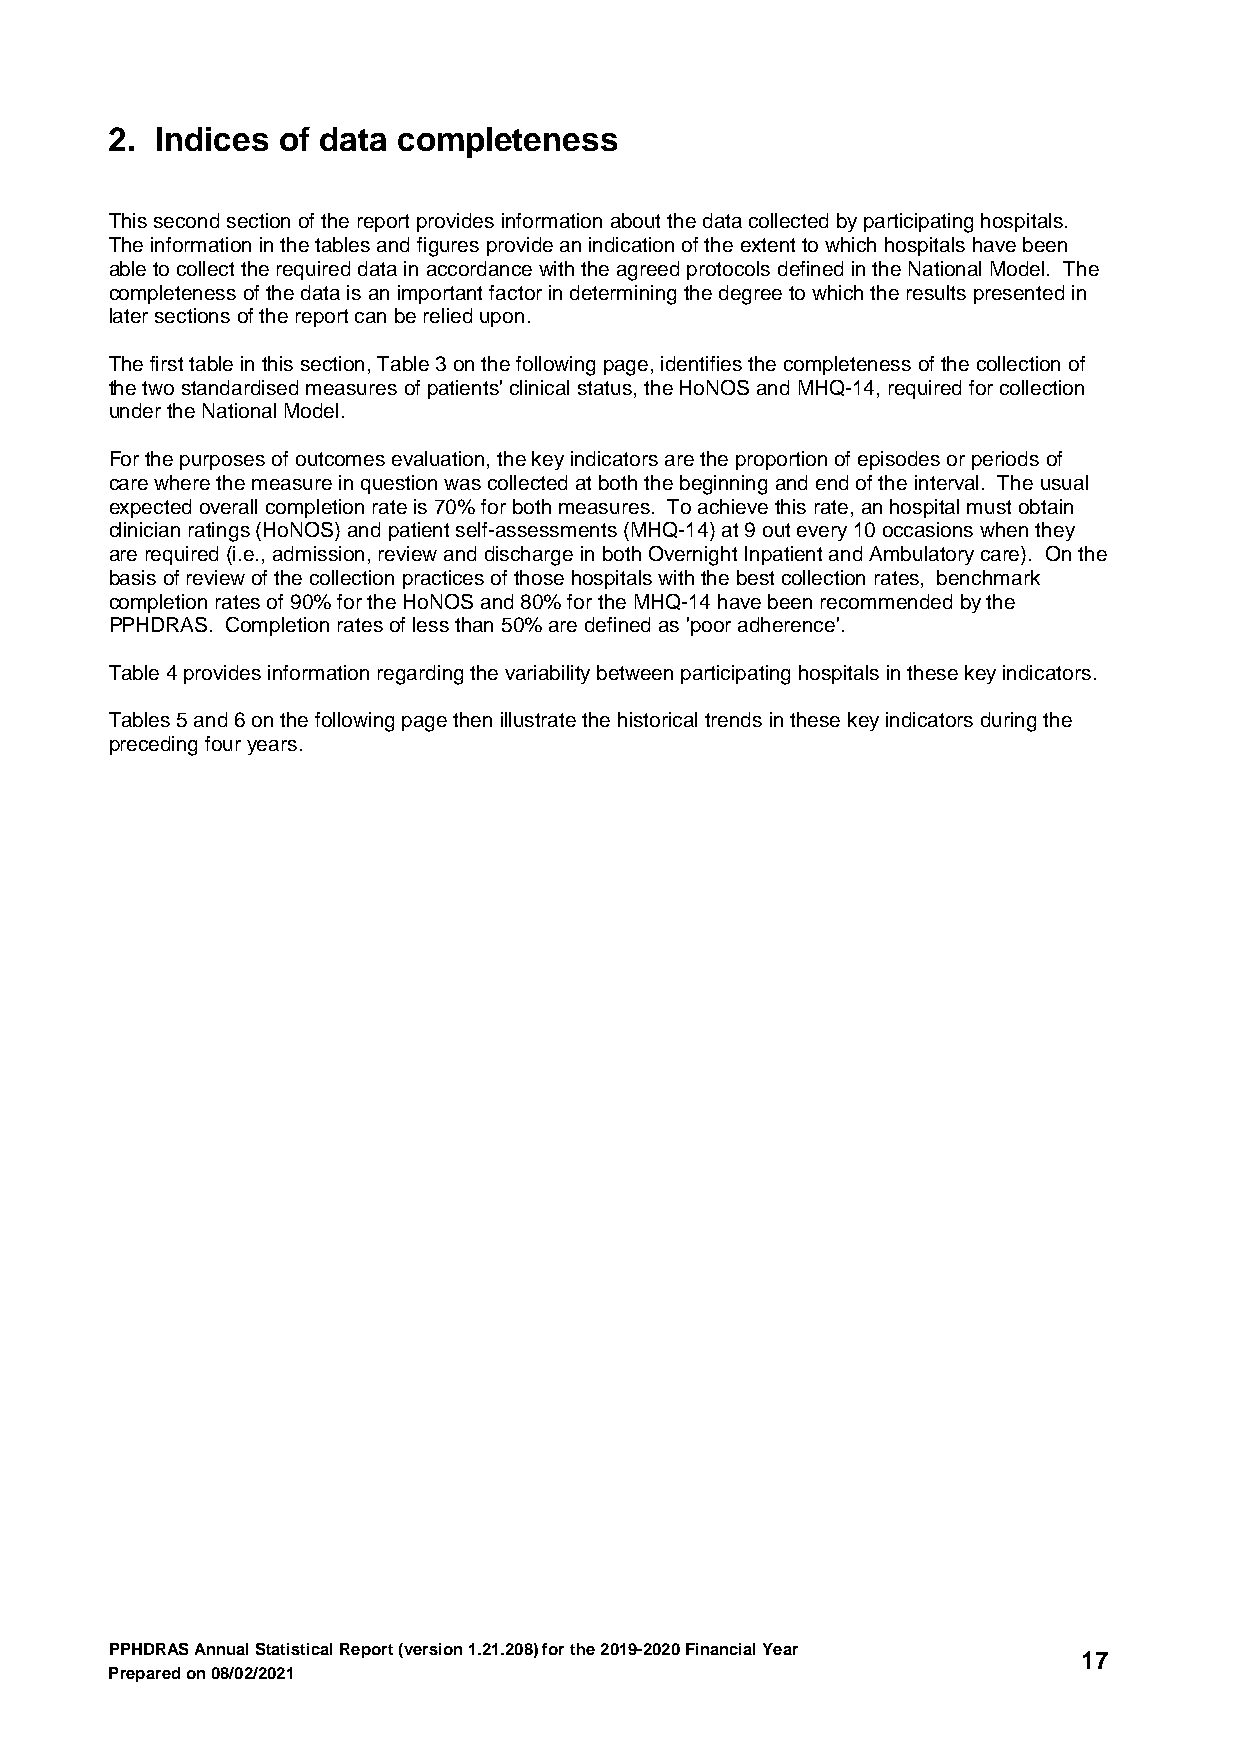
2. Indices of data completeness
 This second section of the report provides information about the data collected by participating hospitals.
 The information in the tables and figures provide an indication of the extent to which hospitals have been
 able to collect the required data in accordance with the agreed protocols defined in the National Model. The
 completeness of the data is an important factor in determining the degree to which the results presented in
 later sections of the report can be relied upon.
 The first table in this section, Table 3 on the following page, identifies the completeness of the collection of
 the two standardised measures of patients' clinical status, the HoNOS and MHQ-14, required for collection
 under the National Model.
 For the purposes of outcomes evaluation, the key indicators are the proportion of episodes or periods of
 care where the measure in question was collected at both the beginning and end of the interval. The usual
 expected overall completion rate is 70% for both measures. To achieve this rate, an hospital must obtain
 clinician ratings (HoNOS) and patient self-assessments (MHQ-14) at 9 out every 10 occasions when they
 are required (i.e., admission, review and discharge in both Overnight Inpatient and Ambulatory care). On the
 basis of review of the collection practices of those hospitals with the best collection rates, benchmark
 completion rates of 90% for the HoNOS and 80% for the MHQ-14 have been recommended by the
 PPHDRAS. Completion rates of less than 50% are defined as 'poor adherence'.
 Table 4 provides information regarding the variability between participating hospitals in these key indicators.
 Tables 5 and 6 on the following page then illustrate the historical trends in these key indicators during the
 preceding four years.
 PPHDRAS Annual Statistical Report (version 1.21.208) for the 2019-2020 Financial Year
 17
 Prepared on 08/02/2021